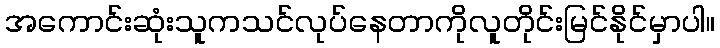
အကောင်းဆုံးသူကသင်လုပ်နေတာကိုလူတိုင်းမြင်နိုင်မှာပါ။